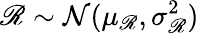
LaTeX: \mathscr R\sim\mathcal N(\mu_{\mathscr R},\sigma_{\mathscr R}^{2})